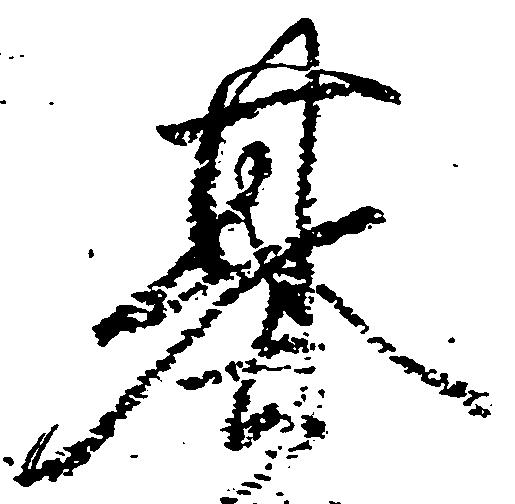
基